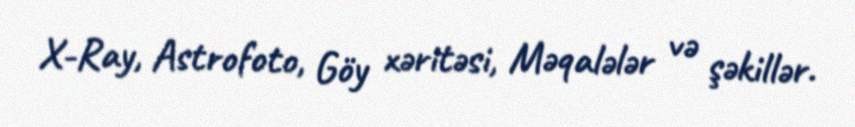
X-Ray, Astrofoto, Göy xəritəsi, Məqalələr və şəkillər.